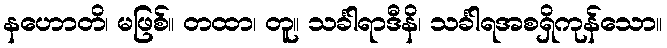
နဟောတိ၊ မဖြစ်။ တထာ၊ တူ။ သင်္ခါရာဒီနိ၊ သင်္ခါရအစရှိကုန်သော။